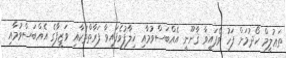
ތަޢުލީމް ހޯދުމަށް ފަހު ވެފައިވާ ޤާނޫނީ އެއްބަސްވުމާއި ޚިލާފުވެފައިވާ ފަރާތްތަކާއި ވަޒީފާގެ އެއްބަސްވުމާއި